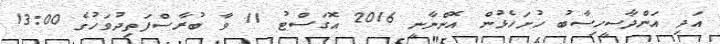
އަދި އަންދާސީހިސާބު ހުށަހެޅުން އޮންނާނީ 2016 އޮގަސްޓު 11 ވާ ބުރާސްފަތިދުވަހުގެ 13:00